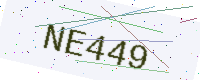
Text: NE449